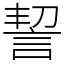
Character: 䛚